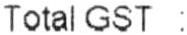
TOTAL GST :